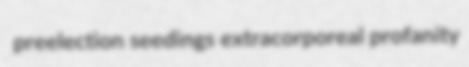
preelection seedings extracorporeal profanity